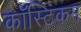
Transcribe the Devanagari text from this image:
कॉस्टिकम